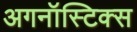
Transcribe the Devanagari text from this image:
अगनॉस्टिक्स